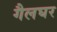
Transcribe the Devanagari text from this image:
गैलघर